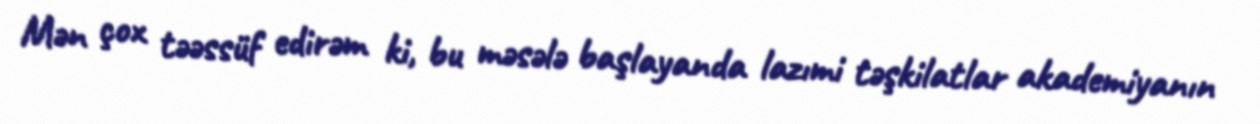
Mən çox təəssüf edirəm ki, bu məsələ başlayanda lazımi təşkilatlar akademiyanın